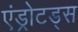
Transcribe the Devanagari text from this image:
एंड्रोटड्स